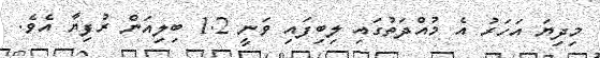
މިދިޔަ އަހަރު އެ މުއްދަތުގައި ލިބިފައި ވަނީ 1.2 ބިލިއަން ރުފިޔާ އެވެ.